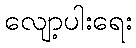
လျော့ပါးရေး